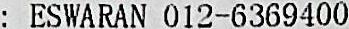
: ESWARAN 012-6369400